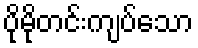
ပိုမိုတင်းကျပ်သော